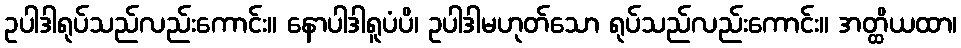
ဥပါဒါရုပ်သည်လည်းကောင်း။ နောပါဒါရူပံပိ၊ ဥပါဒါမဟုတ်သော ရုပ်သည်လည်းကောင်း။ အတ္ထိယထာ၊